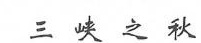
三峡之秋